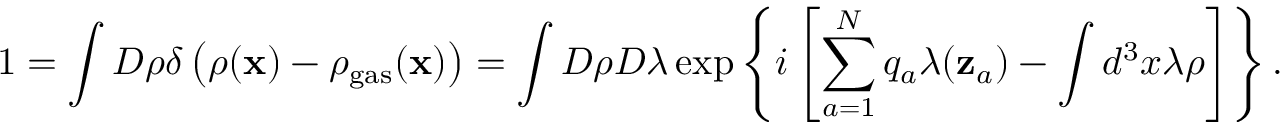
1 = \int D \rho \delta \left( \rho ( { \bf x } ) - \rho _ { \mathrm { g a s } } ( { \bf x } ) \right) = \int D \rho D \lambda \exp \left\{ i \left[ \sum _ { a = 1 } ^ { N } q _ { a } \lambda ( { \bf z } _ { a } ) - \int d ^ { 3 } x \lambda \rho \right] \right\} .